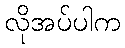
လိုအပ်ပါက